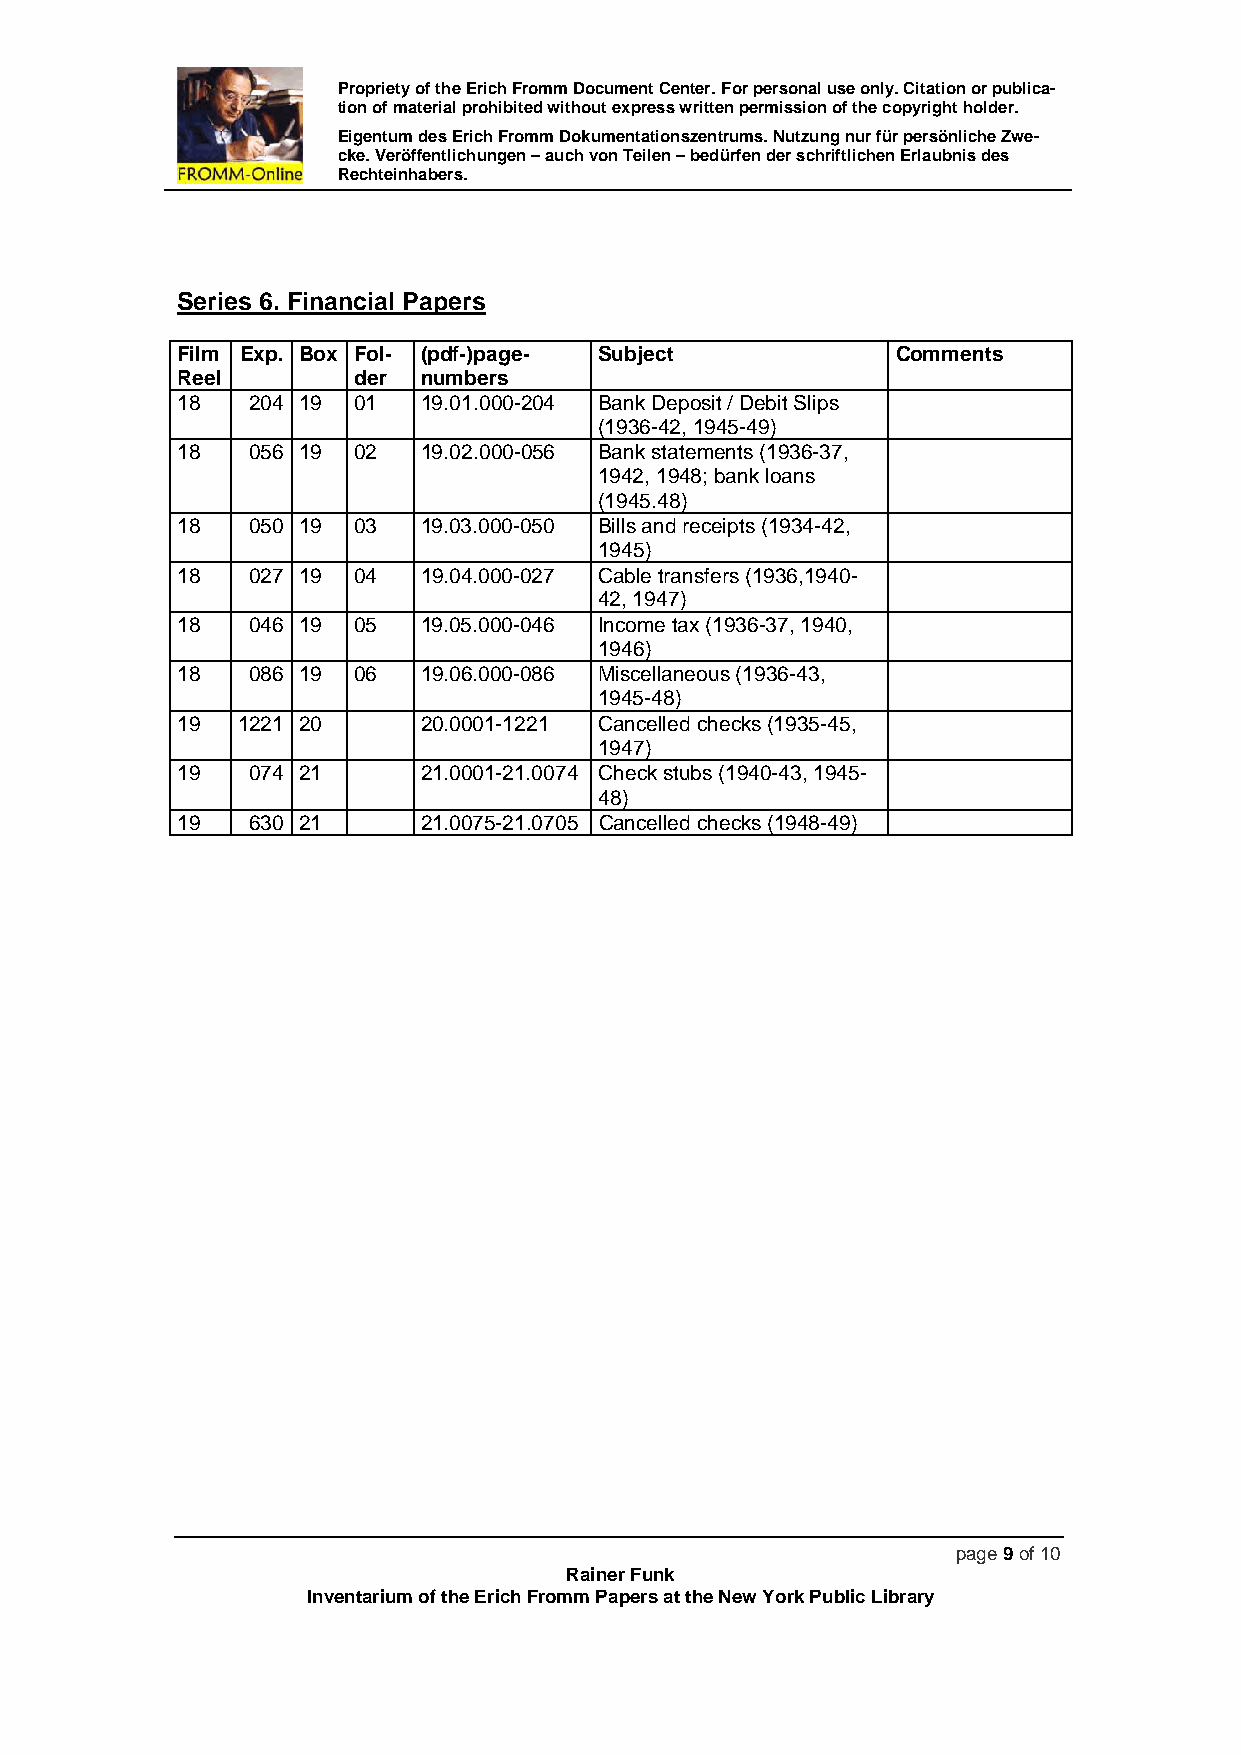
Propriety of the Erich Fromm Document Center. For personal use only. Citation or publica-
 tion of material prohibited without express written permission of the copyright holder.
 Eigentum des Erich Fromm Dokumentationszentrums. Nutzung nur für persönliche Zwe-
 cke. Veröffentlichungen – auch von Teilen – bedürfen der schriftlichen Erlaubnis des
 Rechteinhabers.
 Series 6. Financial Papers
 Film Exp. Box Fol- (pdf-)page- Subject         Comments
 Reel       der  numbers
 18   204 19 01  19.01.000-204 Bank Deposit / Debit Slips
 (1936-42, 1945-49)
 18   056 19 02  19.02.000-056 Bank statements (1936-37,
 1942, 1948; bank loans
 (1945.48)
 18   050 19 03  19.03.000-050 Bills and receipts (1934-42,
 1945)
 18   027 19 04  19.04.000-027 Cable transfers (1936,1940-
 42, 1947)
 18   046 19 05  19.05.000-046 Income tax (1936-37, 1940,
 1946)
 18   086 19 06  19.06.000-086 Miscellaneous (1936-43,
 1945-48)
 19  1221 20     20.0001-1221 Cancelled checks (1935-45,
 1947)
 19   074 21     21.0001-21.0074 Check stubs (1940-43, 1945-
 48)
 19   630 21     21.0075-21.0705 Cancelled checks (1948-49)
 page 9 of 10
 Rainer Funk
 Inventarium of the Erich Fromm Papers at the New York Public Library